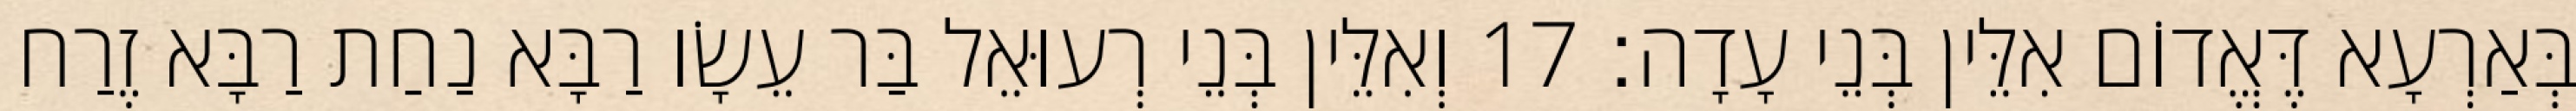
בְּאַרְעָא דֶּאֱדוֹם אִלֵּין בְּנֵי עָדָה׃ 17 וְאִלֵּין בְּנֵי רְעוּאֵל בַּר עֵשָׂו רַבָּא נַחַת רַבָּא זֶרַח